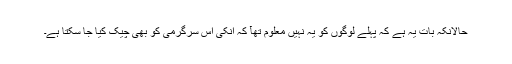
حالانکہ بات یہ ہے کہ پہلے لوگوں کو یہ نہیں معلوم تھآ کہ انکی اس سرگرمی کو بھی چیک کیا جا سکتا ہے۔